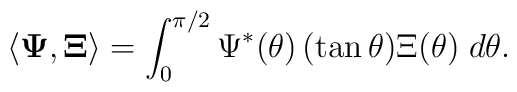
\langle {\bf \Psi},{\bf \Xi} \rangle=\int_0 ^{\pi/2} \Psi^*(\theta)\,(\tan \theta) \Xi(\theta) \; d\theta .